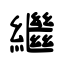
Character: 繼